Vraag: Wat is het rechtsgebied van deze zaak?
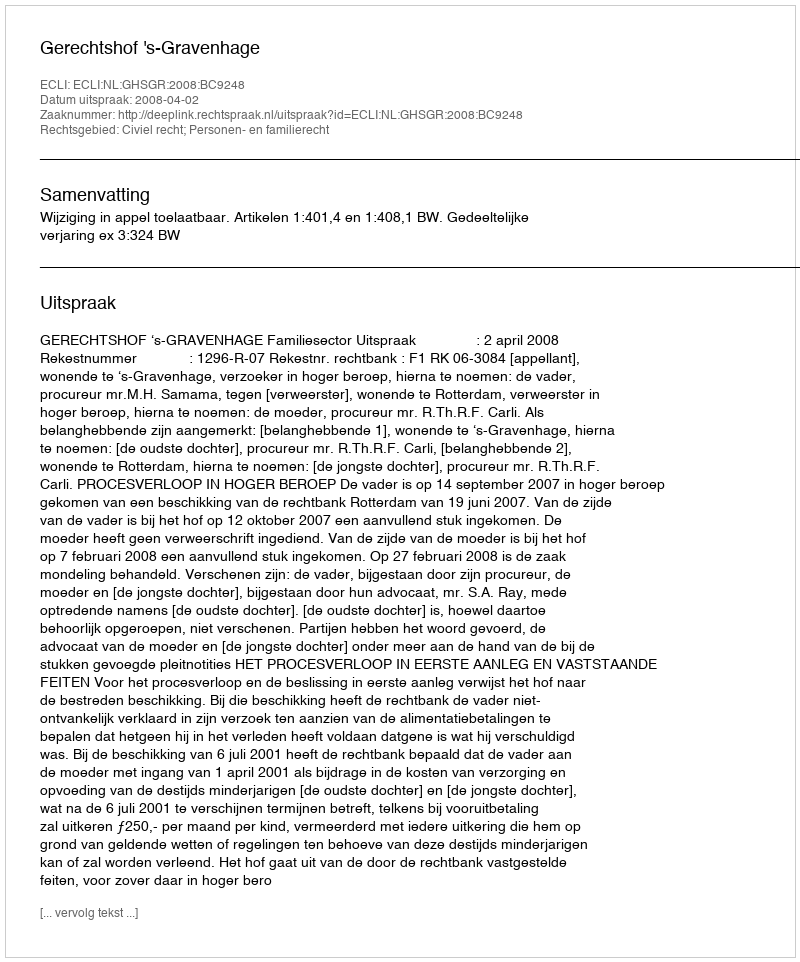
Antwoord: Civiel recht; Personen- en familierecht